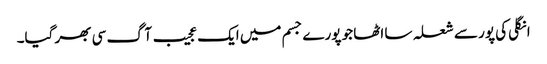
انگلی کی پور سے شعلہ سا اٹھا جو پورے جسم میں ایک عجیب آگ سی بھر گیا۔